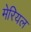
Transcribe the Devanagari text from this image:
मेरियल